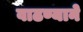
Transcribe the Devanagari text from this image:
वाढण्याने